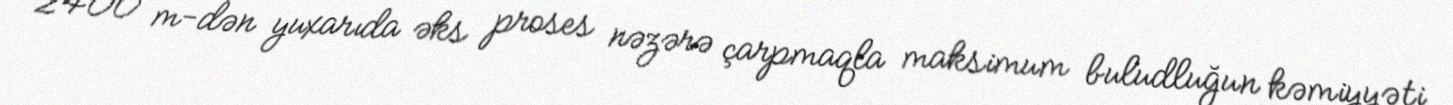
2400 m-dən yuxarıda əks proses nəzərə çarpmaqla maksimum buludluğun kəmiyyəti